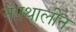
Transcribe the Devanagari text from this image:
नेफ्थालीन